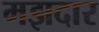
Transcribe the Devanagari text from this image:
मझदार